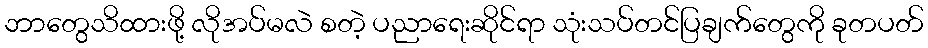
ဘာတွေသိထားဖို့ လိုအပ်မလဲ စတဲ့ ပညာရေးဆိုင်ရာ သုံးသပ်တင်ပြချက်တွေကို ခုတပတ်